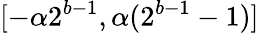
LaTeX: [-\alpha 2^{b-1},\alpha(2^{b-1}-1)]